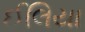
ઈલિયા